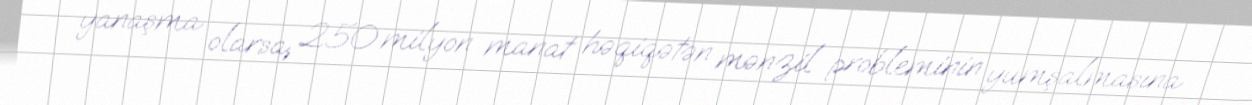
yanaşma olarsa, 250 milyon manat həqiqətən mənzil probleminin yumşalmasına